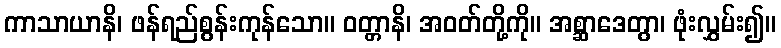
ကာသာယာနိ၊ ဖန်ရည်စွန်းကုန်သော။ ဝတ္တာနိ၊ အဝတ်တို့ကို။ အစ္ဆာဒေတွာ၊ ဖုံးလွှမ်း၍။